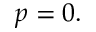
p = 0 .